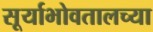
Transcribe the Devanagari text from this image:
सूर्याभोवतालच्या